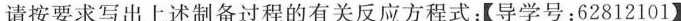
请按要求写出上述制备过程的有关反应方程式：【导学号：62812101】